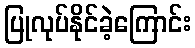
ပြုလုပ်နိုင်ခဲ့ကြောင်း